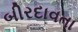
બીરદાવતા